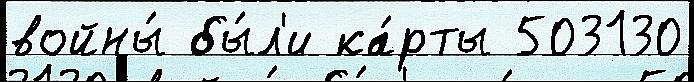
войны́ бы́л'и ка́рты 503130